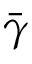
\bar { \gamma }